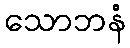
သောဘနံ